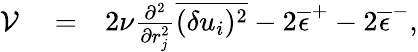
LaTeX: \begin{array}{rlr}{\mathcal{V}}&{{}=}&{2\nu\frac{\partial^{2}}{\partial r_{j}^{2}}\overline{{(\delta u_{i})^{2}}}-2\overline{{\epsilon}}^{+}-2\overline{{\epsilon}}^{-},}\end{array}